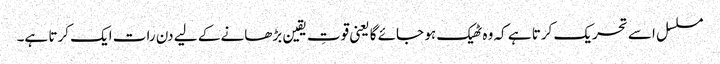
مسلسل اسے تحریک کرتا ہے کہ وہ ٹھیک ہو جائے گا یعنی قوتِ یقین بڑھانے کے لیے دن رات ایک کرتا ہے۔